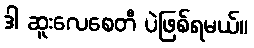
ဒါ ဆူးလေစေတီ ပဲဖြစ်ရမယ်။